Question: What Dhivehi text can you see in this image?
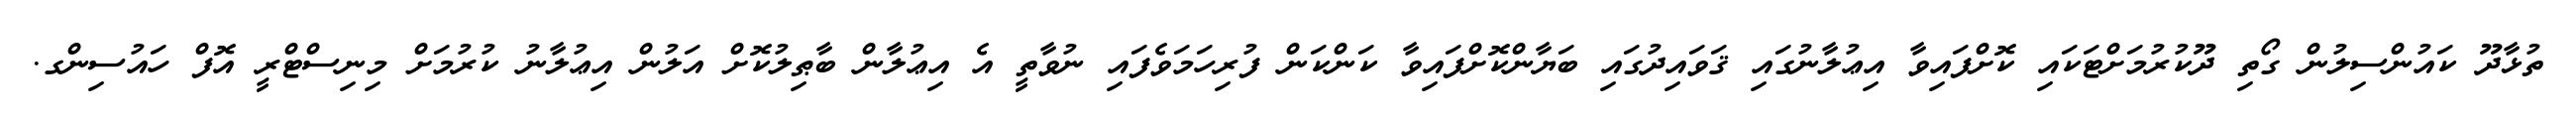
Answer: ތުޅާދޫ ކައުންސިލުން ގޯތި ދޫކުރުމަށްޓަކައި ކޮށްފައިވާ އިޢުލާނުގައި ޤަވައިދުގައި ބަޔާންކޮށްފައިވާ ކަންކަން ފުރިހަމަވެފައި ނުވާތީ އެ އިޢުލާން ބާޠިލުކޮށް އަލުން އިޢުލާނު ކުރުމަށް މިނިސްޓްރީ އޮފް ހައުސިންގ.